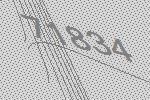
71834